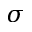
\sigma